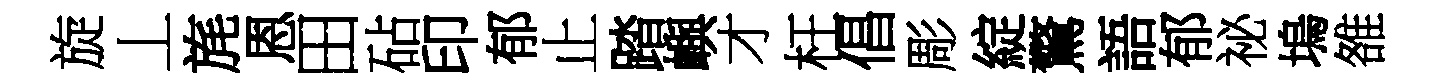
旋丄旄恩田砧印郁止踏嶼才枉倡彫綻驚語郁祕塢雒